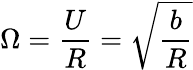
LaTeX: \Omega=\frac{U}{R}=\sqrt{\frac{b}{R}}